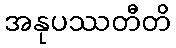
အနုပဿတီတိ